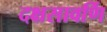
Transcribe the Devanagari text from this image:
दक्षसावर्णि